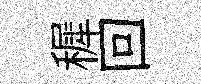
穉回